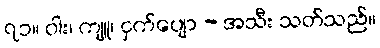
၇၁။ ဝါး၊ ကျူ၊ ငှက်ပျော - အသီး သတ်သည်။